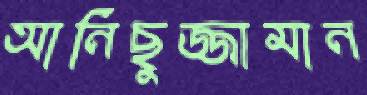
আনিছুজ্জামান